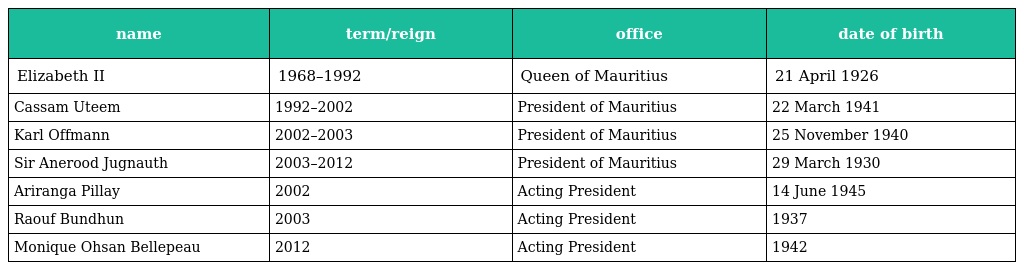
| name | term/reign | office | date of birth |
 | --- | --- | --- | --- |
 | Elizabeth II | 1968–1992 | Queen of Mauritius | 21 April 1926 |
 | Cassam Uteem | 1992–2002 | President of Mauritius | 22 March 1941 |
 | Karl Offmann | 2002–2003 | President of Mauritius | 25 November 1940 |
 | Sir Anerood Jugnauth | 2003–2012 | President of Mauritius | 29 March 1930 |
 | Ariranga Pillay | 2002 | Acting President | 14 June 1945 |
 | Raouf Bundhun | 2003 | Acting President | 1937 |
 | Monique Ohsan Bellepeau | 2012 | Acting President | 1942 |